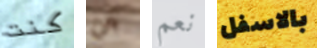
كنت عن نعم بالاسفل